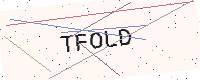
Text: TFOLD